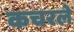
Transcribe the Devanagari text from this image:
कचरले